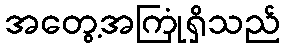
အတွေ့အကြုံရှိသည်